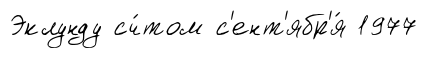
Эклунду сч́том с'ент'ябр'я́ 1977